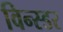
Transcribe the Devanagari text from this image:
विन्स्डर